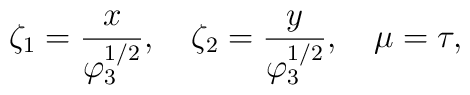
\zeta_1 = \frac{x}{\varphi_3^{1/2}},~~~\zeta_2 =\frac{y}{\varphi_3^{1/2}},~~~\mu=\tau,